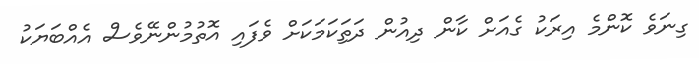
ގިނަވެ ކޮންމެ އިރަކު ގެއަށް ކާން ދިއުން ދަތިަކަމަކަށް ވެފައި އޮތުމުންނޭވެސް އެއްބަޔަކު